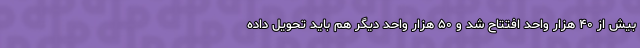
بیش از ۴۰ هزار واحد افتتاح شد و ۵۰ هزار واحد دیگر هم باید تحویل داده